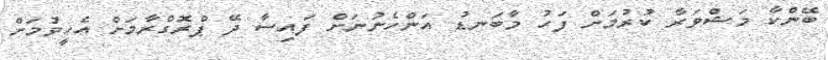
ބޭންކާ މަޝްވަރާ ކުރުމަށް ފަހު މާބަނޑު އަންހެނުނަށް ފައިސާ ދޭ ޕްރޮގްރާމަށް އެހީވުމަށް